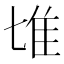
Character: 𨾅